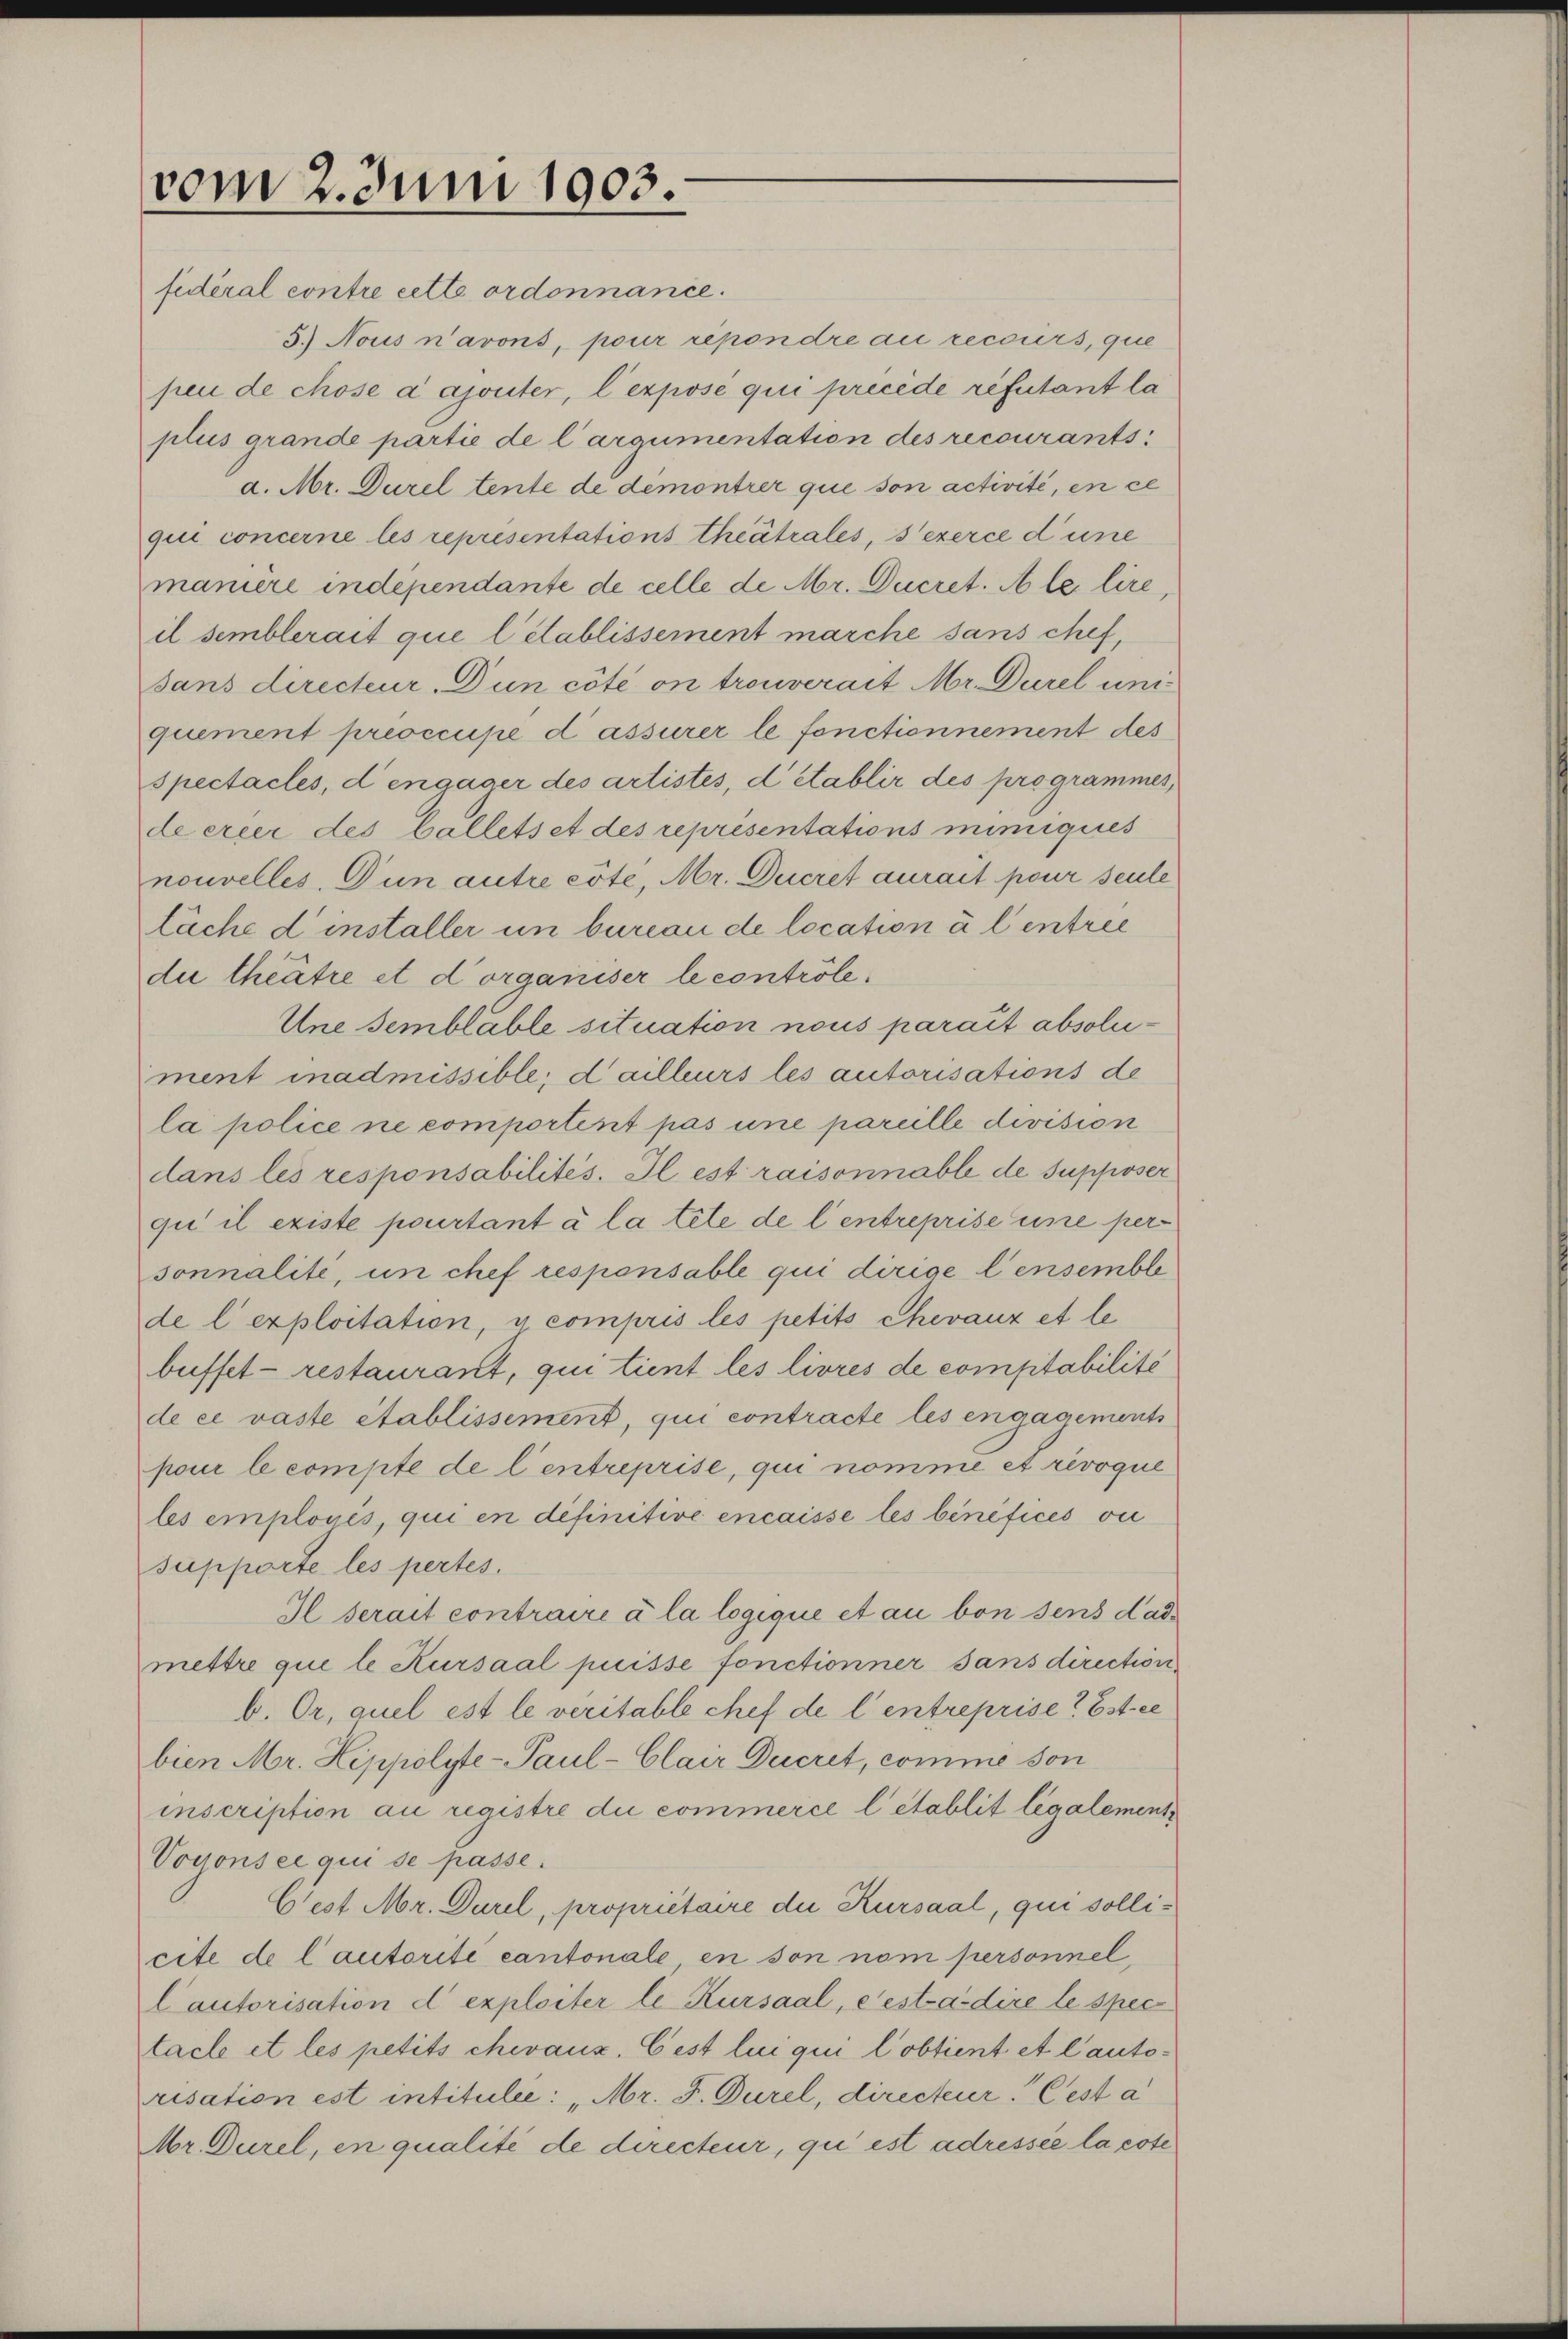
vom 2. Juni 1903.
fidéral contre cette ordonnance.

5.) Nous n’avons, pour repondre au recours, que
pen de chose a ajouter, l’expose qui precede refutant la
plus grande partie de largumentation des recourants
a. Mr. Durel tente de démontrer que son activité, en ce
qui concerne les représentations Theatrales, s’exerce d’une
maniere independante de celle de Mr. Ducret. Ale lire
il semblerait que l’établissement marche sans chef,
sans directeur. Dun côté on trouverait Mr. Durel uni
quement preoccupe d assurer le fonctionnement des
spectacles, dengager des artistes, détablir des programmes
de erer des ballets et des représentations miniques
nouvelles. Dun autre cote, Mr. Ducret aurait pour seule
Läche dinstaller in bureau de location à l entree
due theatre et d organiser le contrôle¬
Une semblable situation nous parait absolument inadmissible; dailleurs les autorisations de
la police ne comportent pas une pareille division
dans les responsabilités. Il est raisonnable de supposer
qui il existe pourtant à la tete de l’entreprise une personnalité, un chef responsable qui dirige lensemble
de l’exploitation, u. compris les petits Chevaux et le
buffet - restaurant, qui tient les livres de comptabilité
de ce raste établissement, qui contracte les engagements
pour le compte de l’entreprise, qui nomme et révoque
les emploués, qui en definitive encaisse les binéfices vu
supporte les pertes.
Il serait contraire à la logique et au von sens dadmettre que le Kursaal puisse fonctionner sans direction,
b. Or, quel est le veritable chef de l’entreprise? Est ce
bien Mr. Hippolyte- Paul -Clair Decret, comme son
inscription au registre die commerce l’établit légalement
Voconsee qui se passe.
C'est Mr. Durel, propriétaire die Kursaal, qui sollicite de lautorite cantonale en son nom personnel
Cautorisation d exploiter le Kursaal, eestradire le spectacle et les petits chevaux. Cest lui qui l’obtient et lautorisation est intitulie: „Mr. F. Durel, directeur. Cest a
Mr. Durel, en qualité de directeur, qui est adressée la cote